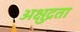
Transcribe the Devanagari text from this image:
अक्षुद्रता